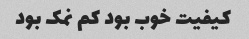
کیفیت خوب بود کم نمک بود